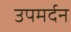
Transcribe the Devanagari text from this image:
उपमर्दन